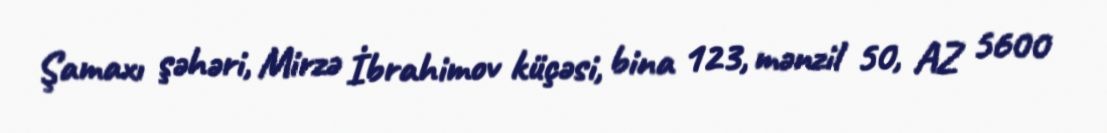
Şamaxı şəhəri, Mirzə İbrahimov küçəsi, bina 123, mənzil 50, AZ 5600